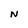
Character: N